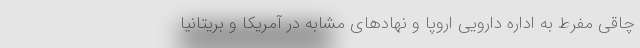
چاقی مفرط به اداره دارویی اروپا و نهادهای مشابه در آمریکا و بریتانیا